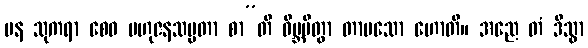
ပန သုကရာ စေဝ ဗဟုဇနသမ္မတာ စာ”တိ ဝိဗ္ဘမိတွာ တာပသော ဟောတိ။ အညေ တံ ဒိသွာ